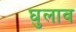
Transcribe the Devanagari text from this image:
घुलाव